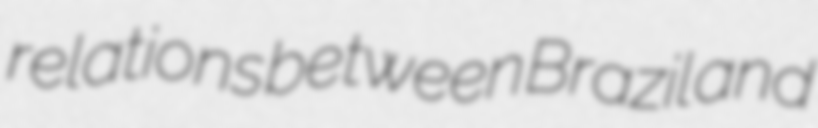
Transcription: relations between Brazil and